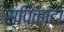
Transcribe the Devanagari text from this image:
स्पिकाटा